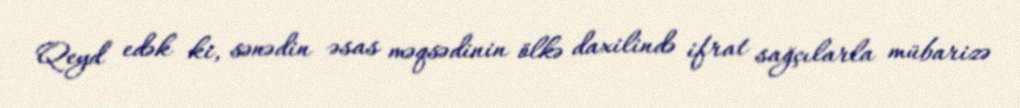
Qeyd edək ki, sənədin əsas məqsədinin ölkə daxilində ifrat sağçılarla mübarizə